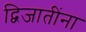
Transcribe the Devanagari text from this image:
द्विजातींना